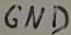
Text: GND